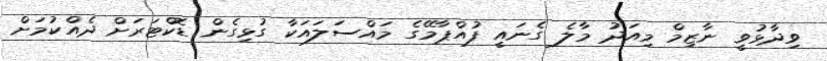
ވިދާޅުވީ ނާޒިމް މިއަދު މާލެ ގެނައީ ފުއްޕާމޭގެ މައްސަލައަކާ ގުޅިގެން ޑޮކްޓަރަށް ދެއްކުމަށް